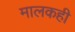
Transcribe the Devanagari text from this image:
मालकही